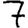
Digit: 7